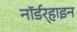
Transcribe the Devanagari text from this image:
नॉर्डर्‍हाइन